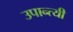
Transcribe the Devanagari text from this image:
उपान्त्यी